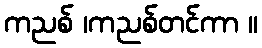
ကညစ် ၊ကညစ်တင်ကာ ။